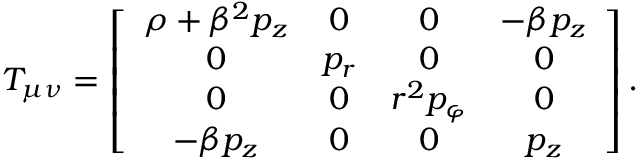
T _ { \mu \nu } = \left[ \begin{array} { c c c c } { \rho + \beta ^ { 2 } p _ { z } } & { 0 } & { 0 } & { - \beta p _ { z } } \\ { 0 } & { p _ { r } } & { 0 } & { 0 } \\ { 0 } & { 0 } & { r ^ { 2 } p _ { \varphi } } & { 0 } \\ { - \beta p _ { z } } & { 0 } & { 0 } & { p _ { z } } \end{array} \right] .